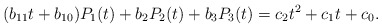
\begin{align*} (b_{11} t + b_{10})P_1(t) + b_2 P_2(t)+b_3P_3(t) = c_2 t^2 + c_1 t + c_0.\end{align*}